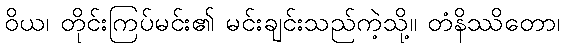
ဝိယ၊ တိုင်းကြပ်မင်း၏ မင်းချင်းသည်ကဲ့သို့။ တံနိဿိတော၊